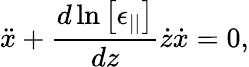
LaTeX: \ddot{x}+\frac{d\ln\left[\epsilon_{||}\right]}{dz}\dot{z}\dot{x}=0,